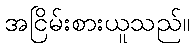
အငြိမ်းစားယူသည်။